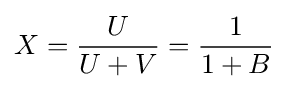
X={\frac {U}{U+V}}={\frac {1}{1+B}}